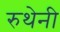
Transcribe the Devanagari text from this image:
रुथेनी